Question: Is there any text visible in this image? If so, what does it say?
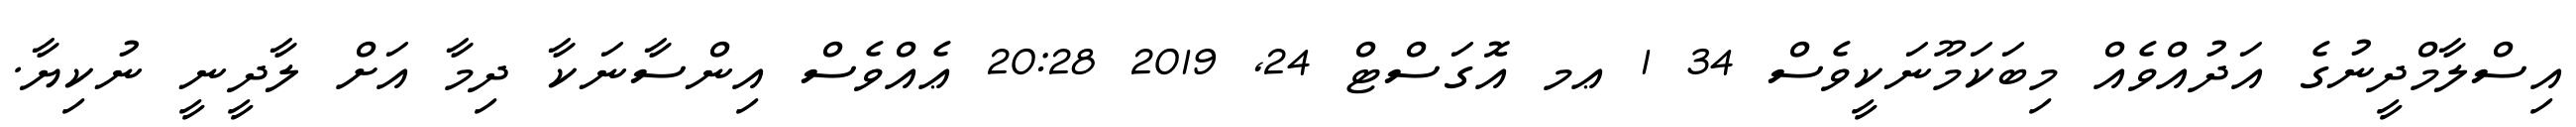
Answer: އިސްލާމްދީނުގެ އަދުއްވެއް މިބަކަމޫނަކީވެސް 34 1 ޢމ އޮގަސްޓް 24, 2019 20:28 ޢެއްވެސް އިންސާނަކާ ދިމާ އަށް ލާދީނީ ނުކިޔާ.